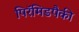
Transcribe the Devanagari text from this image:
पिरॅमिडपैकी